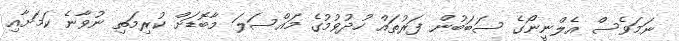
ނަމަވެސް އެލްނީނޯގެ ސަބަބުން ފަރުތައް ހުދުވުމުގެ މައްސަލަ މާބޮޑަށް ކުރިމަތި ނުވާނެ ކަމަށާއި